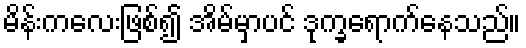
မိန်းကလေးဖြစ်၍ အိမ်မှာပင် ဒုက္ခရောက်နေသည်။